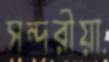
সন্দরীয়া